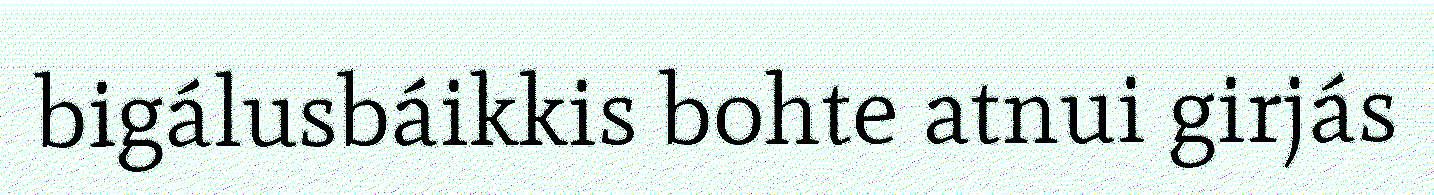
bigálusbáikkis bohte atnui girjás